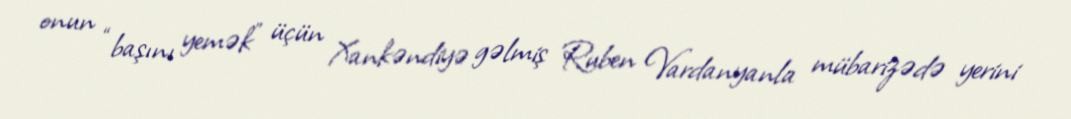
onun “başını yemək” üçün Xankəndiyə gəlmiş Ruben Vardanyanla mübarizədə yerini